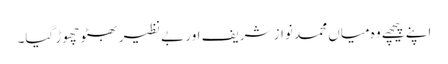
اپنے پیچھے وہ میاں محمد نواز شریف اور بے نظیر بھٹو چھوڑ گیا۔